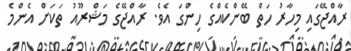
ރާއްޖޭގައި މިހާރު ހަތް ބޭންކެއްގެ ހިންގަ އެވެ. ރާއްޖޭގެ މަޝްރޫއު ތަކަށް އެންމެ